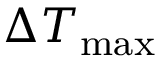
\Delta { T _ { \mathrm { { m a x } } } }